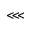
\lll